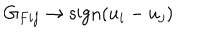
G _ { F i j } \rightarrow \mathrm { s i g n } ( u _ { i } - u _ { j } )